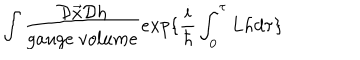
LaTeX: \int \frac { { \cal D } \vec { x } { \cal D } h } { g a u g e \ v o l u m e } e x p \{ \frac { i } { \hbar } \int _ { 0 } ^ { \tau } L h d \tau \}